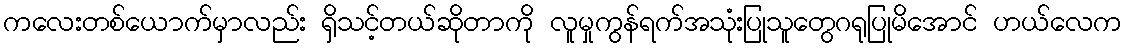
ကလေးတစ်ယောက်မှာလည်း ရှိသင့်တယ်ဆိုတာကို လူမှုကွန်ရက်အသုံးပြုသူတွေဂရုပြုမိအောင် ဟယ်လေက